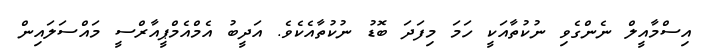
އިސްމާއީލް ނެންގެވި ނުކުތާއަކީ ހަމަ މިފަދަ ބޮޑު ނުކުތާއެކެވެ. އަދީބު އެމްއެމްޕީއާރްސީ މައްސަލައިިން